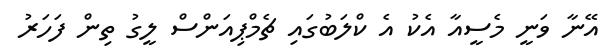
އޭނާ ވަނީ މެސީއާ އެކު އެ ކްލަބުގައި ޗެމްޕިއަންސް ލީގު ތިން ފަހަރު